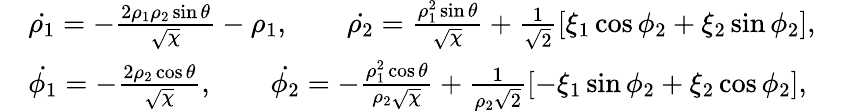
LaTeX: \begin{array}{rlr}&{\dot{\rho_{1}}=-\frac{2\rho_{1}\rho_{2}\sin\theta}{\sqrt{\chi}}-\rho_{1},\qquad\dot{\rho_{2}}=\frac{\rho_{1}^{2}\sin\theta}{\sqrt{\chi}}+\frac{1}{\sqrt{2}}[\xi_{1}\cos\phi_{2}+\xi_{2}\sin\phi_{2}],}&\\ &{\dot{\phi_{1}}=-\frac{2\rho_{2}\cos\theta}{\sqrt{\chi}},\qquad\dot{\phi_{2}}=-\frac{\rho_{1}^{2}\cos\theta}{\rho_{2}\sqrt{\chi}}+\frac{1}{\rho_{2}\sqrt{2}}[-\xi_{1}\sin\phi_{2}+\xi_{2}\cos\phi_{2}],}&\end{array}